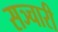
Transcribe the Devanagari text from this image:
सञ्चारी